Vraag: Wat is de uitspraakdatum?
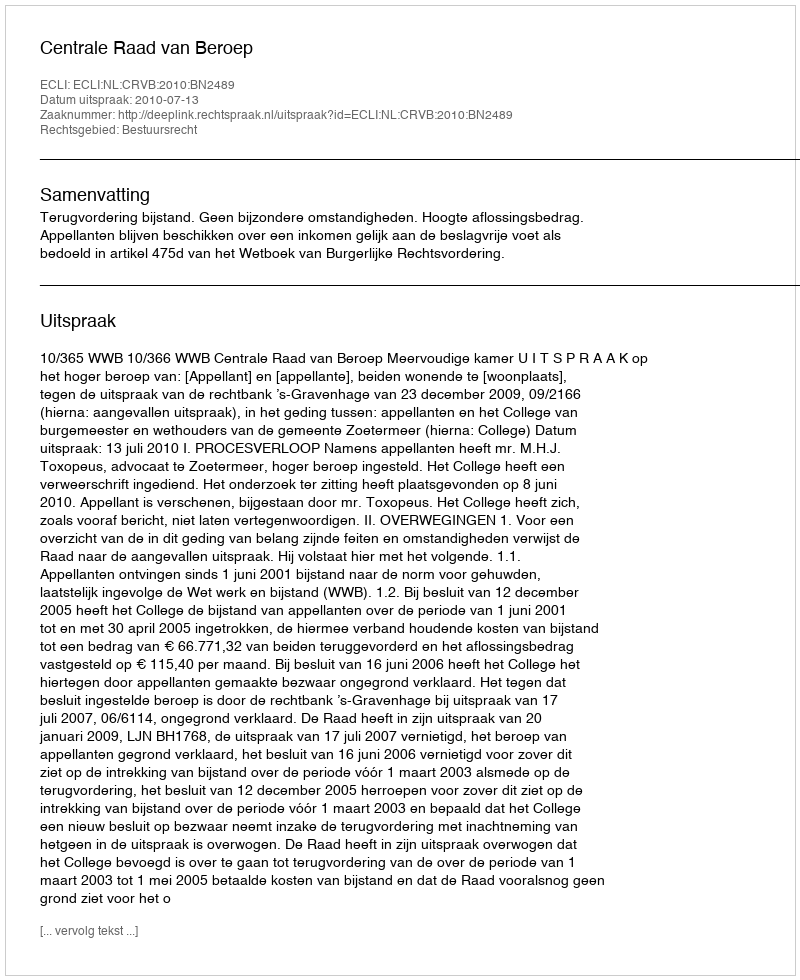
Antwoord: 2010-07-13